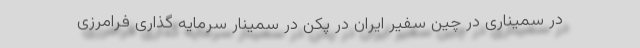
در سمیناری در چین سفیر ایران در پکن در سمینار سرمایه گذاری فرامرزی